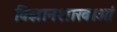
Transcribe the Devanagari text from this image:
विज्ञानशाखाओं